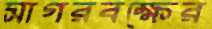
সাগরবক্ষের